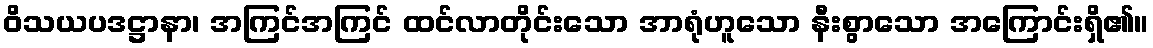
ဝိသယပဒဋ္ဌာနာ၊ အကြင်အကြင် ထင်လာတိုင်းသော အာရုံဟူသော နီးစွာသော အကြောင်းရှိ၏။